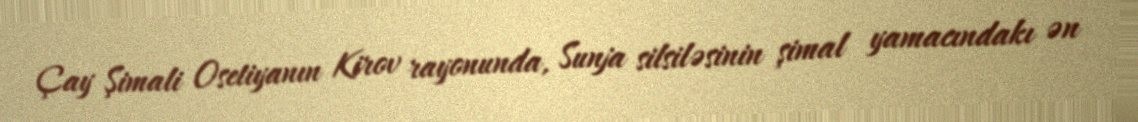
Çay Şimali Osetiyanın Kirov rayonunda, Sunja silsiləsinin şimal yamacındakı ən